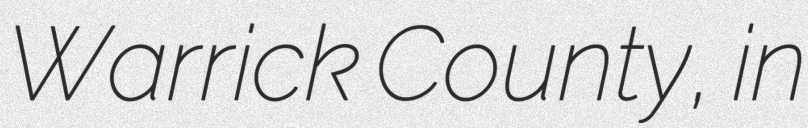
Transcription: Warrick County, in